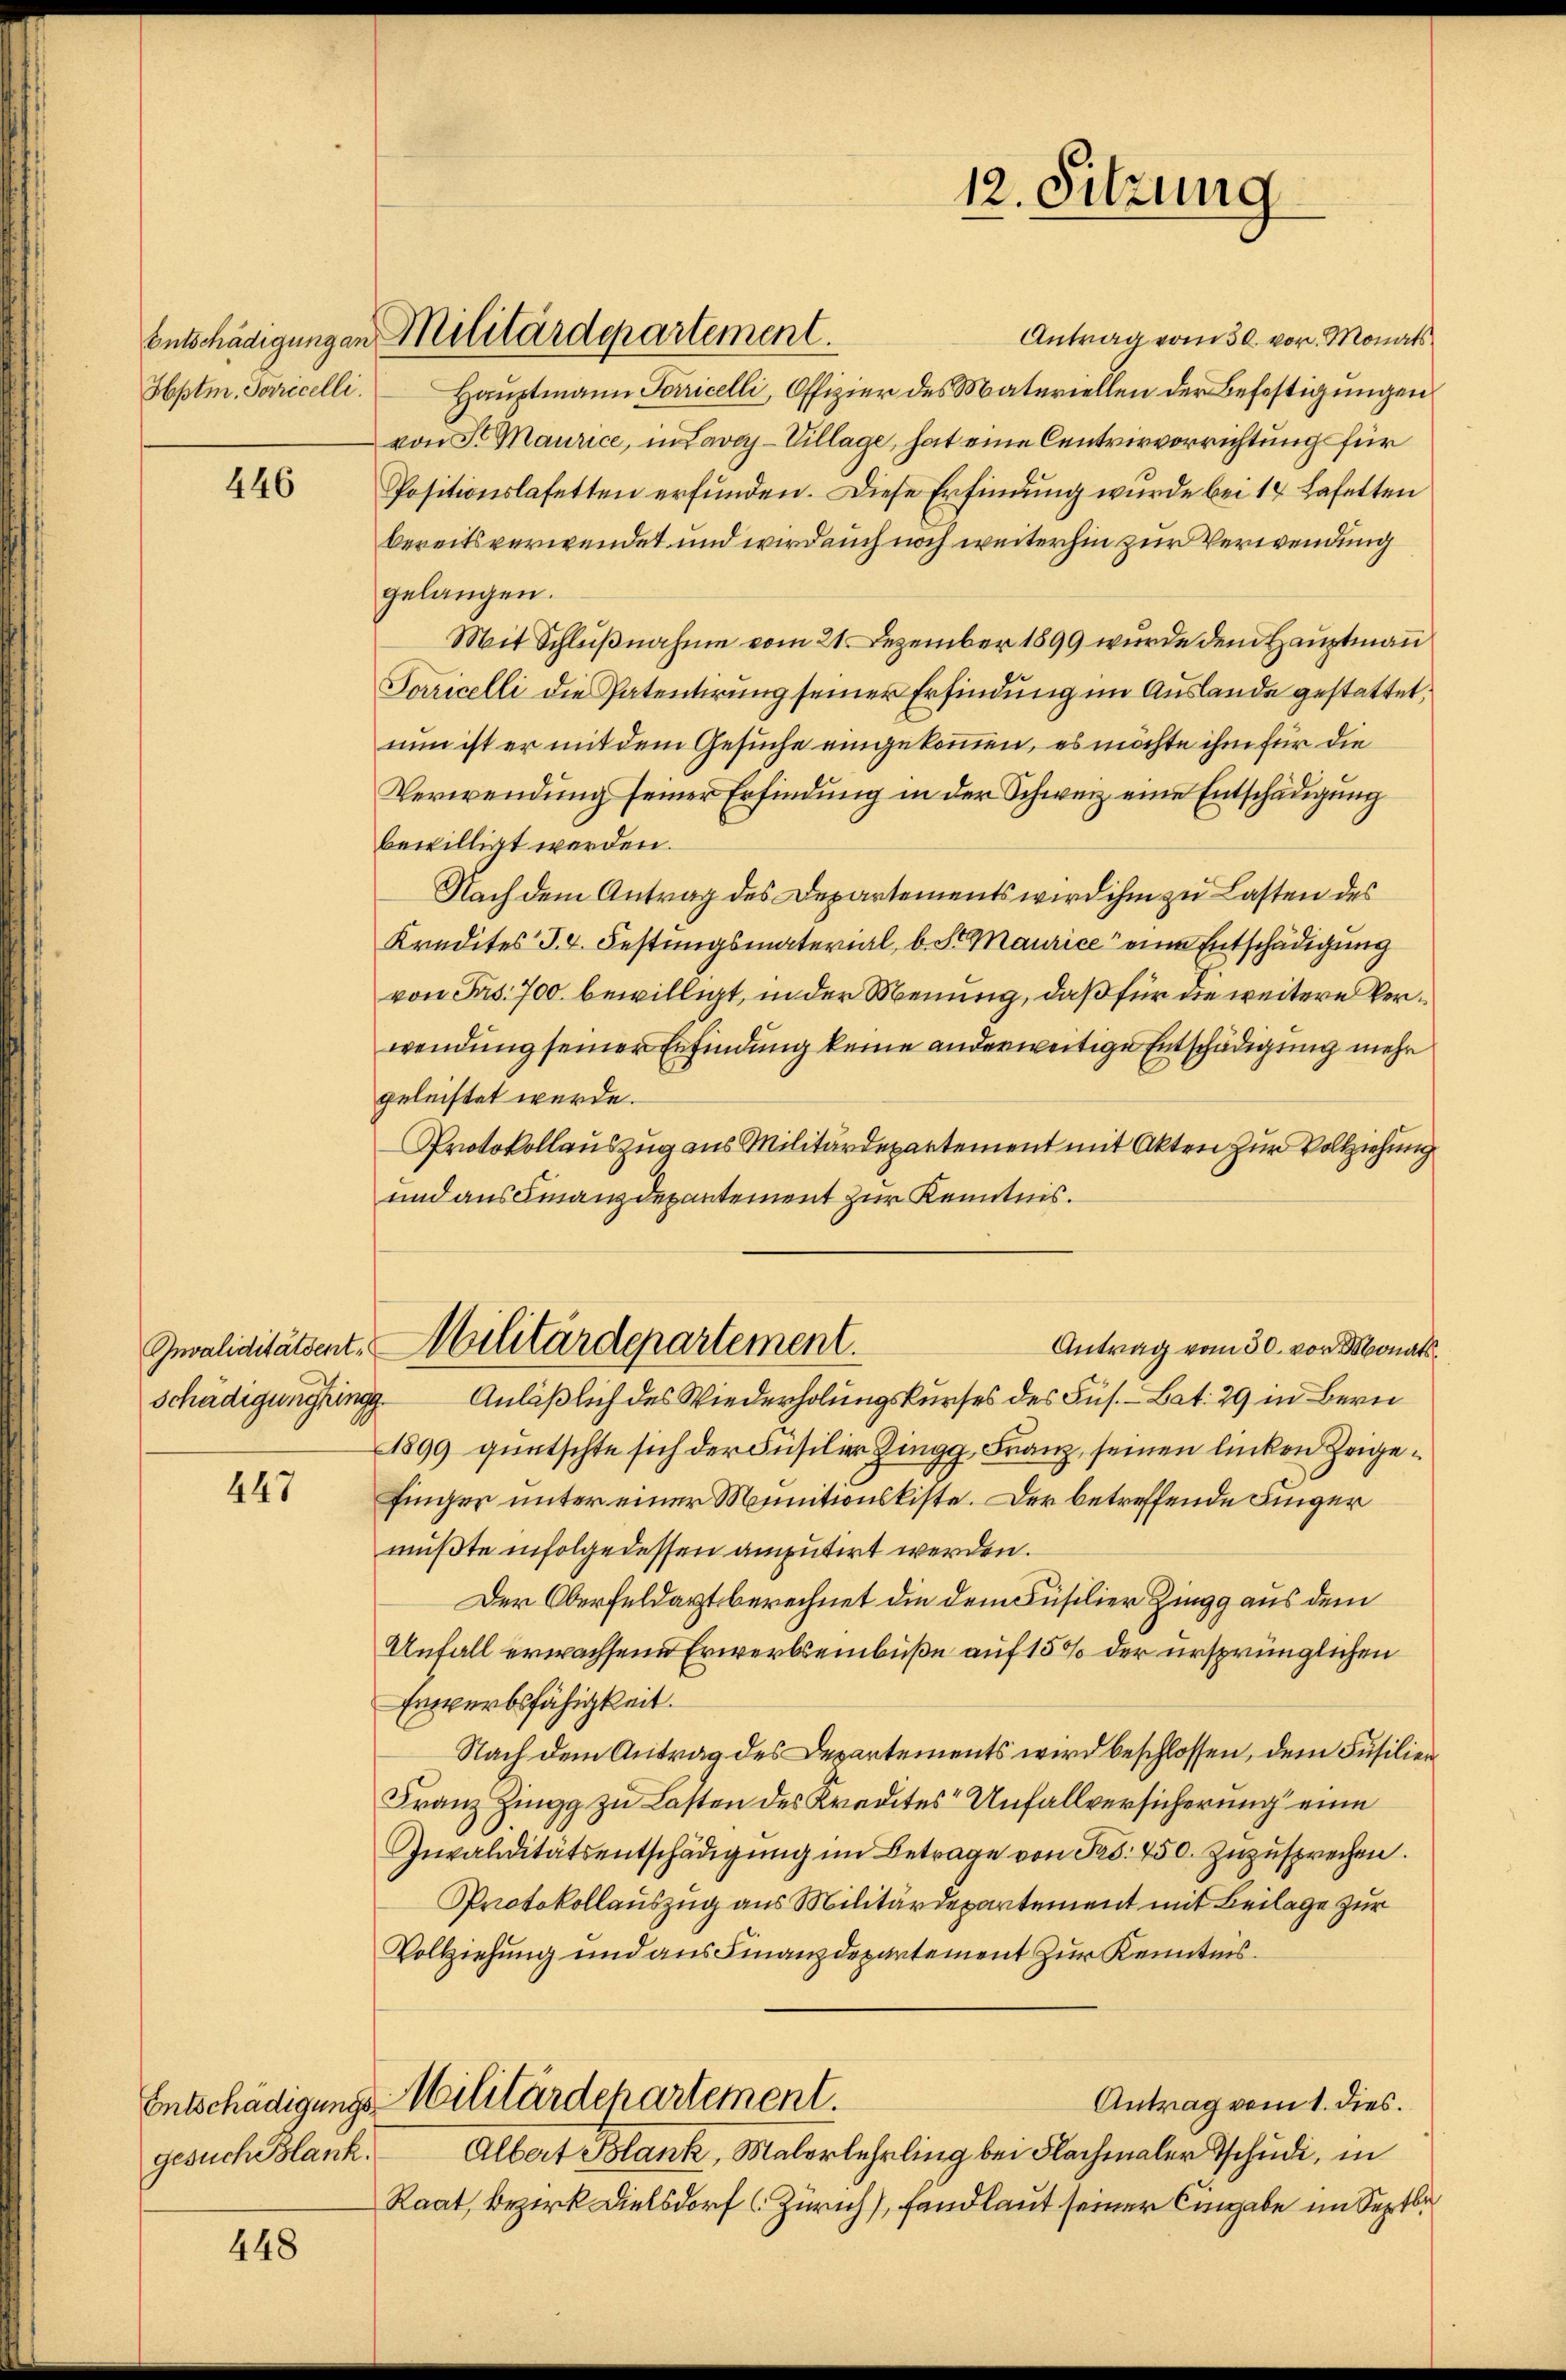
Hptm. Parcelli.

446

447

gesuch Blank.

448

Antrag vom 30. vor. Monats
Hauptmann Terricelli, Offizier des Materiellen der Befestigungen
von Sr Maurice, in Lavey-Village, hat eine Centrirvorrichtung für
Positionslasetten erfunden. Diese Erfindung wurde bei 14 Lefetten
bereitsverwendet und wird auch noch weiterhin zur Verwendung
gelangen.
Mit Schlußnahme vom 21. Dezember 1899 wurde dem Hauptmann
Jaricelli die Patentirung seiner Erfindung im Auslande gestattet,
nun ist er mit dem Gesuche eingekommen, es möchte ihm für die
Verwendung seiner Erfindung in der Schweiz eine Entschädigung
bewilligt werden.
Nach dem Antrag des Departements wird ihm zu Lasten des
Kredites P. 4. Festungsmaterial, b. St. Maurice eine Entschädigung
von Frs. 700. bewilligt, in der Menung, daß für die weitere Verwendung seiner Erfindung keine anderweitige Entschädigung mehr
geleistet wurde.
Protokollauszug aus Militärdepartement mit Akten zur Vollziehung
und aus Finanzdepartement zur Kenntnis.
Invaliditätsent. Militärdepartement.
Antrag vom 30. vor Monat
Schädigung in Anläßlich des Wiederholungskurses des Füs. - Bat. 29 in Bern
1899 güutschte sich der Füsilien Zingg, Franz, seinen linken Zeigefinger unter einer Munitionskiste. Der betreffende Finger
mußte infolge dessen amputirt werden.
Der Oberfeldarzt berechnet die dem Füsilier Zingg aus dem
Unfall erwachsene Erwerbseinbuße auf 15% der ursprünglichen
Erwerbsfähigkeit.
Nach dem Antrag des Departements wird beschlossen, dem Füsilien
Franz Zingg zu Lasten des Kredites Unfallversicherung eine
Invaliditätsentschädigŭng im Betrage von Pas. 450. zŭzŭsprechen.
Protokollauszug aus Militärdepartement mit Beilage zur
Vollziehung und aus Finanzdepartement zur Kenntnis.
Entschädigungs-Militärdehartement.
Antrag vom 1. dies.
Albert Blank, Malerlehrling bei Flachmaler Tschudi, in
Raat, Bezirk Dielsdorf (Zürich), fand laut seiner Eingabe im Septbi

Entschädigungen Militärdepartement.

12. Sitzung